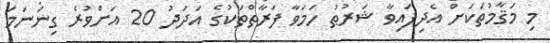
މި މަޤާމުތަކަށް އެދިފައިވާ ޝަރުޠު ހަމަވާ ފަރާތްތަކުގެ އަދަދު 20 އަށްވުރެ ގިނަނަމަ